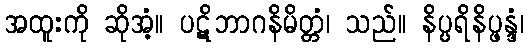
အထူးကို ဆိုအံ့။ ပဋိဘာဂနိမိတ္တံ၊ သည်။ နိပ္ပရိနိပ္ဖန္ဒံ၊